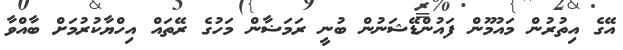
އޭގެ އިތުރުން މައުމޫން ފައުންޑޭޝަނުން ބުނީ ރަމަޟާން މަހުގެ ރޭތައް އިހްޔާކުރުމަށް ބާއްވާ